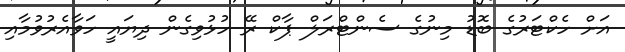
އަށް ހެކްޓަރުގެ ބޮޑު މިނުގެ ސެންޓްރަލް ޕާކް ރޭ ހުޅުވިގެން ދިޔައީ ހަވާއެރުވުމާއި